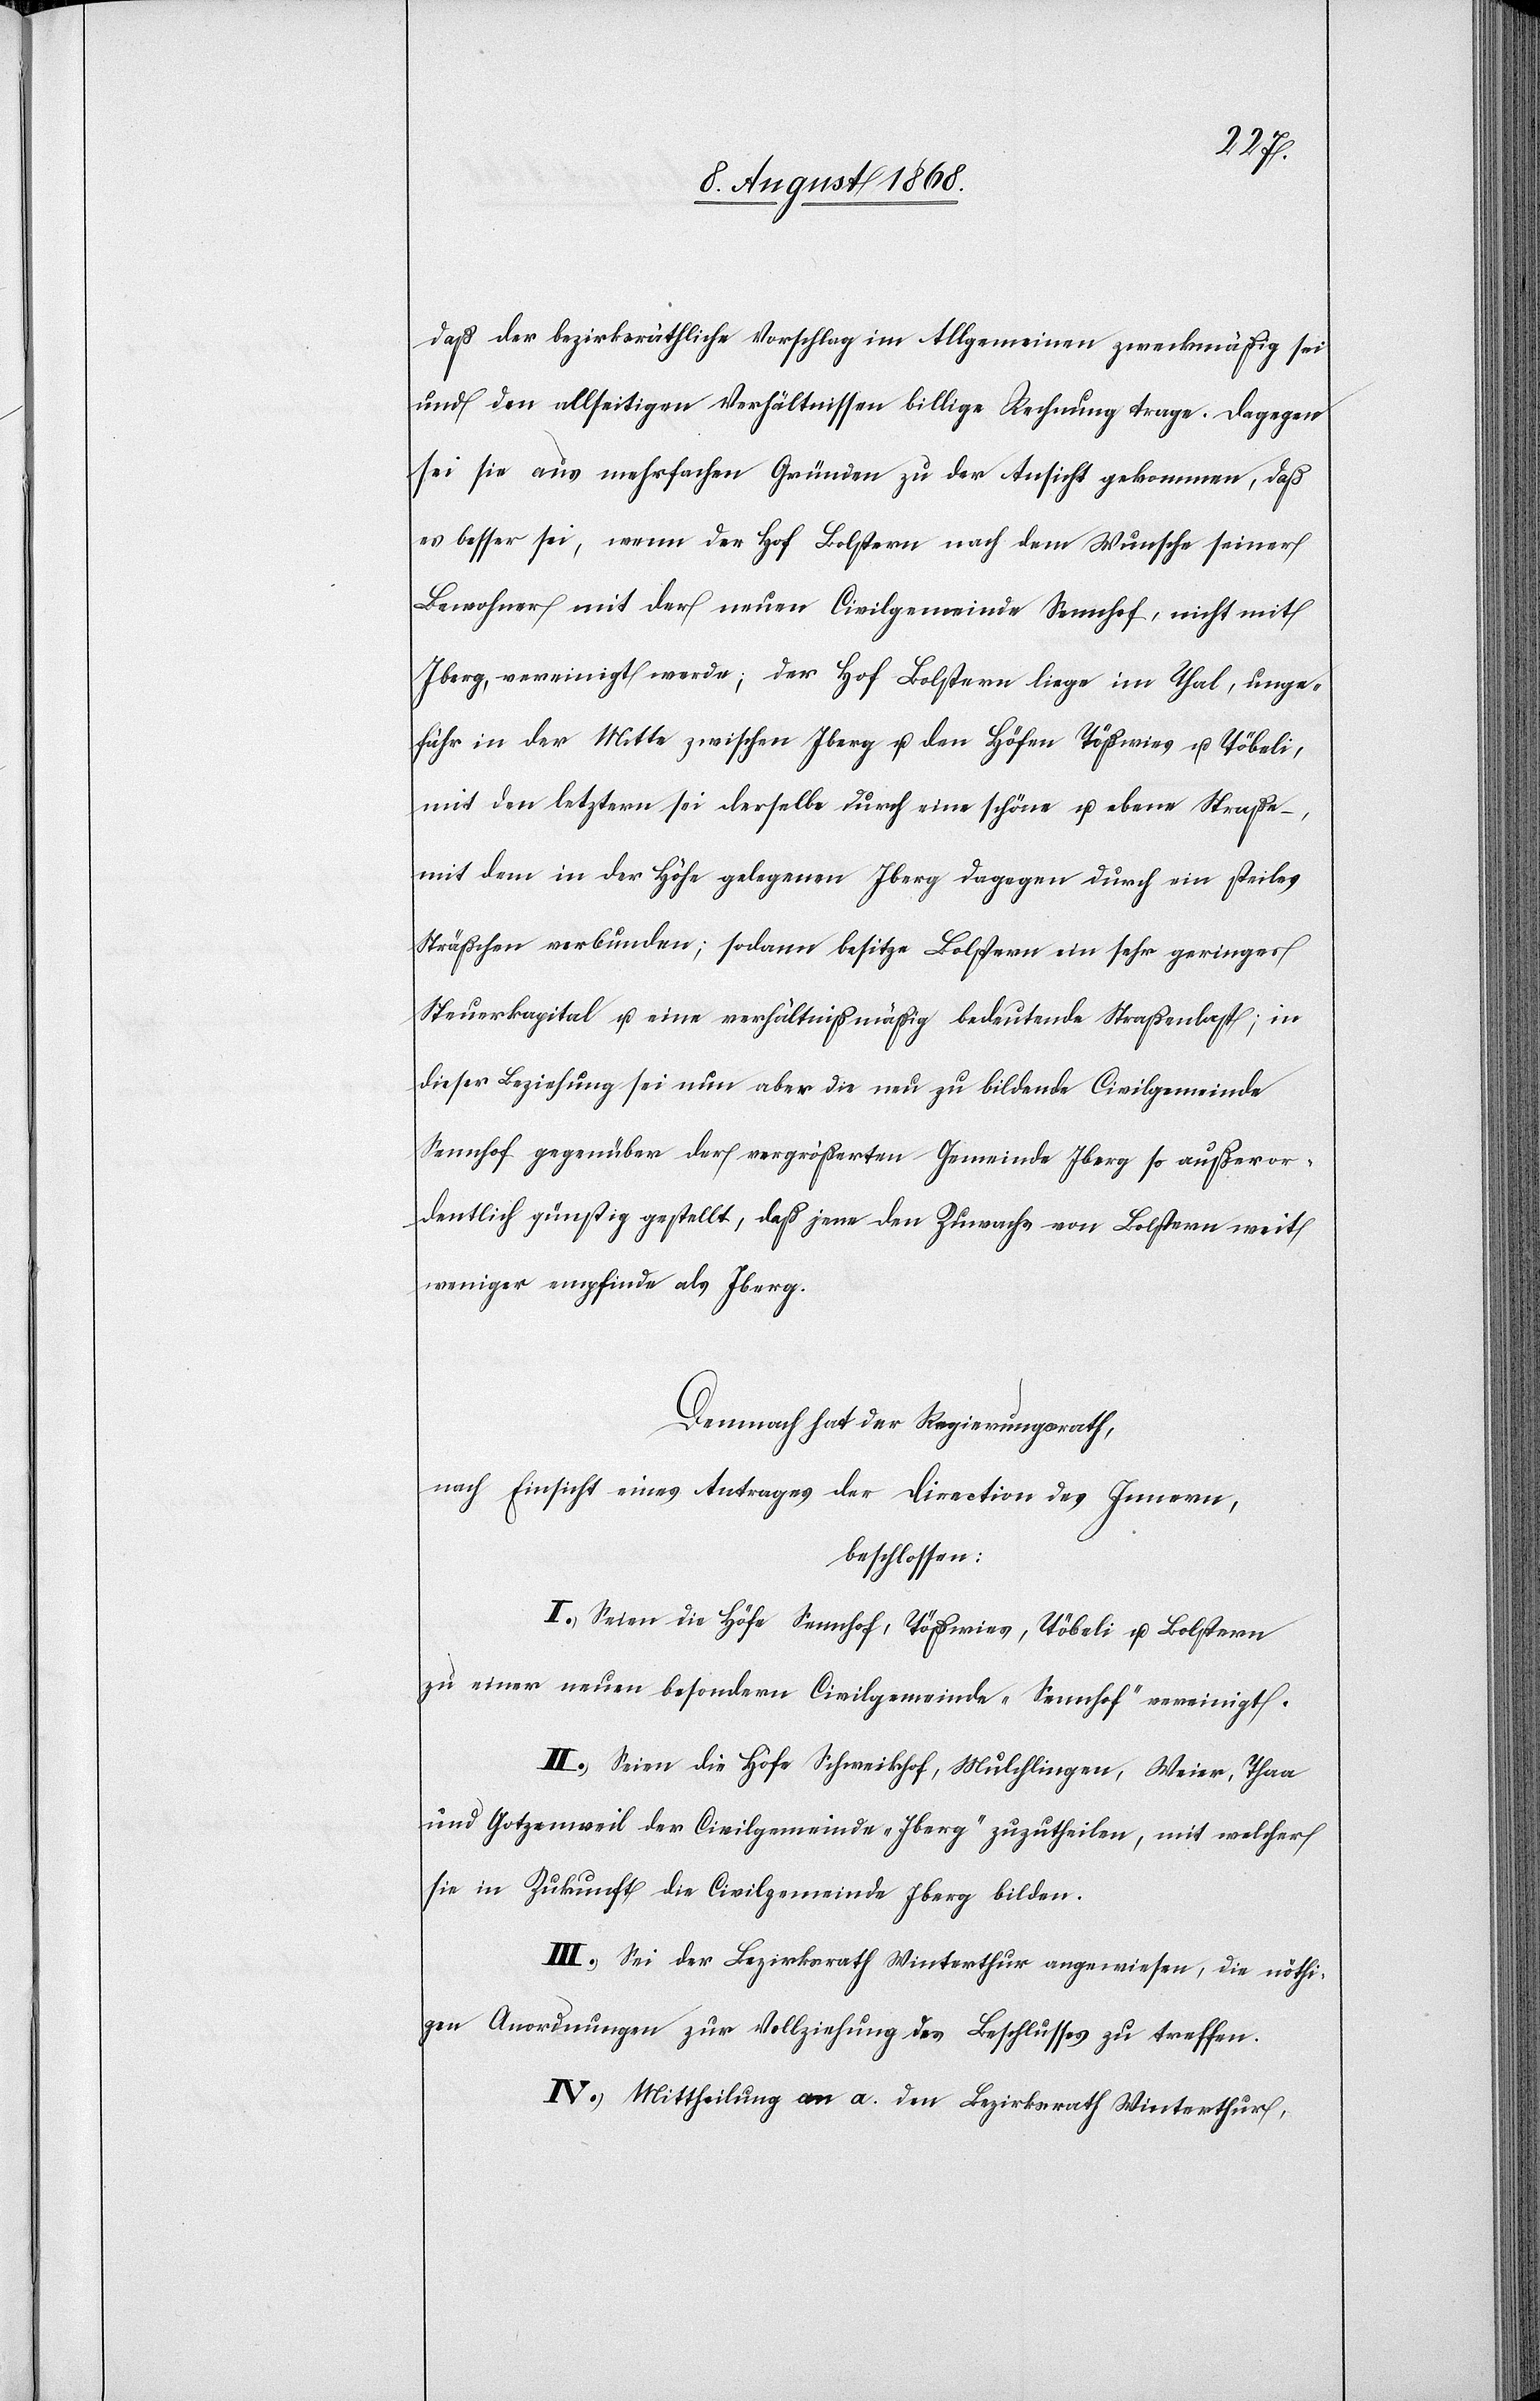
daß der bezirksräthliche Vorschlag im Allgemeinen zweckmäßig sei
und den allseitigen Verhältnissen billige Rechnung trage. Dagegen
sei sie aus mehrfachen Gründen zu der Ansicht gekommen, daß
es besser sei, wenn der Hof Bolstern nach dem Wunsche seiner
Bewohner mit der neuen Civilgemeinde Sennhof, nicht mit
Iberg, vereinigt werde; der Hof Bolstern liege im Thal, unge¬
fähr in der Mitte zwischen Iberg u. den Höfen Tößwies u. Töbeli,
mit den letztern sei derselbe durch eine schöne u. ebene Straße
mit dem in der Höhe gelegenen Iberg dagegen durch ein steiles
Sträßchen verbunden; sodann besitze Bolstern ein sehr geringes
Steuerkapital u. eine verhältnißmäßig bedeutende Straßenlast; in
dieser Beziehung sei nun aber die neu zu bildende Civilgemeinde
Sennhof gegenüber der vergrößerten Gemeinde Iberg so außeror¬
dentlich günstig gestellt, daß jene den Zuwachs von Bolstern weit
weniger empfinde als Iberg.
Demnach hat der Regierungsrath,
nach Einsicht eines Antrages der Direction des Innern,
beschlossen:
I.) Seien die Höfe Sennhof, Tößwies, Töbeli u. Bolstern
zu einer neuen besondern Civilgemeinde „Sennhof“ vereinigt.
II.) Seien die Höfe Schweikhof, Mulchlingen, Weier, Thaa
und Gotzenweil der Civilgemeinde „Iberg“ zuzutheilen, mit welcher
sie in Zukunft die Civilgemeinde Iberg bilden.
III.) Sei der Bezirksrath Winterthur angewiesen, die nöthi¬
gen Anordnungen zur Vollziehung des Beschlusses zu treffen.
IV.) Mittheilung an a.) den Bezirksrath Winterthur,